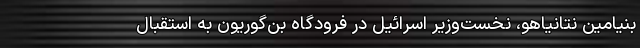
بنیامین نتانیاهو، نخست‌وزیر اسرائیل در فرودگاه بن‌گوریون به استقبال